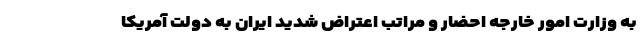
به وزارت امور خارجه احضار و مراتب اعتراض شدید ایران به دولت آمریکا